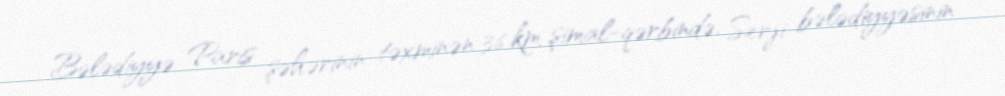
Bələdiyyə Paris şəhərinin təxminən 36 km şimal-qərbində, Serji bələdiyyəsinin